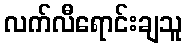
လက်လီရောင်းချသူ